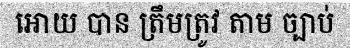
អោយ បាន ត្រឹមត្រូវ តាម ច្បាប់